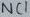
Text: NC1